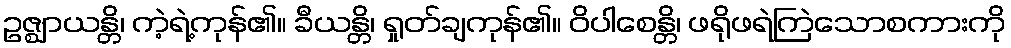
ဥဇ္ဈာယန္တိ၊ ကဲ့ရဲ့ကုန်၏။ ခီယန္တိ၊ ရှုတ်ချကုန်၏။ ဝိပါစေန္တိ၊ ဖရိုဖရဲကြဲသောစကားကို